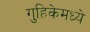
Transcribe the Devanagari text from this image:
गुहिकेमध्ये